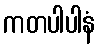
ကတပါပါနံ